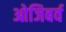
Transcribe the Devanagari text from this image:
ओजिबर्व